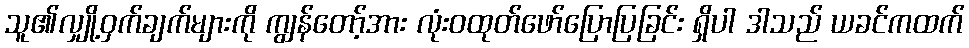
သူ၏လျှို့ဝှက်ချက်များကို ကျွန်တော့်အား လုံးဝထုတ်ဖော်ပြောပြခြင်း ရှိပါ ဒါသည် ယခင်ကထက်